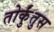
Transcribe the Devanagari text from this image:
तोर्कुंतुस